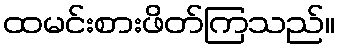
ထမင်းစားဖိတ်ကြသည်။